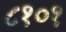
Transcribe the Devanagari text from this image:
८१०१